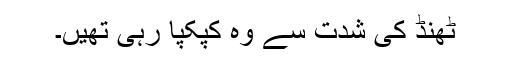
ٹھنڈ کی شدت سے وہ کپکپا رہی تھیں۔